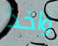
واخذ